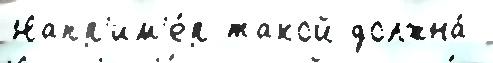
Напр'им'е́р такой должна́